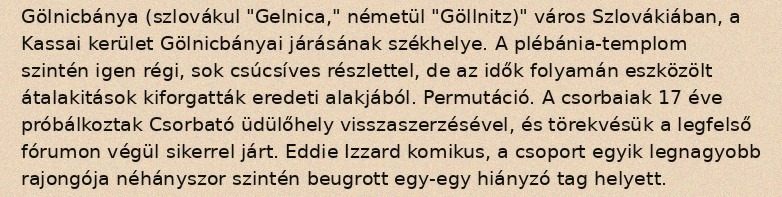
Gölnicbánya (szlovákul "Gelnica," németül "Göllnitz)" város Szlovákiában, a Kassai kerület Gölnicbányai járásának székhelye. A plébánia-templom szintén igen régi, sok csúcsíves részlettel, de az idők folyamán eszközölt átalakitások kiforgatták eredeti alakjából. Permutáció. A csorbaiak 17 éve próbálkoztak Csorbató üdülőhely visszaszerzésével, és törekvésük a legfelső fórumon végül sikerrel járt. Eddie Izzard komikus, a csoport egyik legnagyobb rajongója néhányszor szintén beugrott egy-egy hiányzó tag helyett.